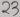
Text: 23